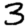
Digit: 3